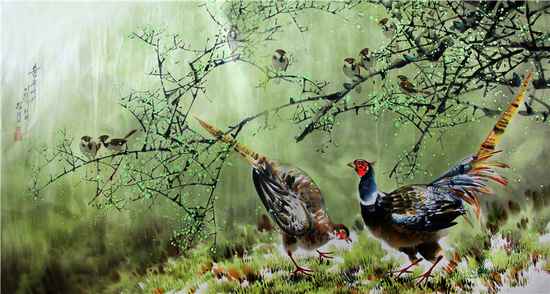
生事且弥漫，愿为持竿叟。